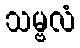
သမ္ဗလံ